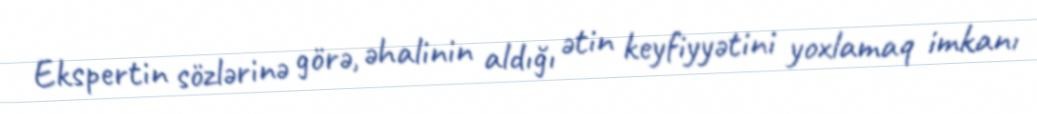
Ekspertin sözlərinə görə, əhalinin aldığı ətin keyfiyyətini yoxlamaq imkanı